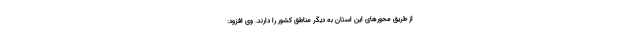
از طریق محورهای این استان به دیگر مناطق کشور را دارند. وی افزود: